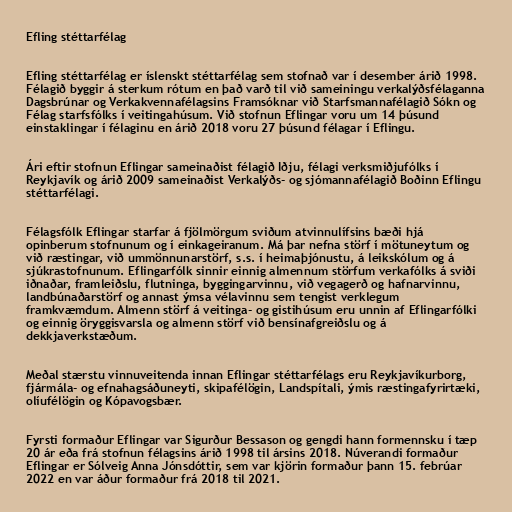
Efling stéttarfélag

Efling stéttarfélag er íslenskt stéttarfélag sem stofnað var í desember árið 1998.
Félagið byggir á sterkum rótum en það varð til við sameiningu verkalýðsfélaganna
Dagsbrúnar og Verkakvennafélagsins Framsóknar við Starfsmannafélagið Sókn og
Félag starfsfólks í veitingahúsum. Við stofnun Eflingar voru um 14 þúsund
einstaklingar í félaginu en árið 2018 voru 27 þúsund félagar í Eflingu.

Ári eftir stofnun Eflingar sameinaðist félagið Iðju, félagi verksmiðjufólks í
Reykjavík og árið 2009 sameinaðist Verkalýðs- og sjómannafélagið Boðinn Eflingu
stéttarfélagi.

Félagsfólk Eflingar starfar á fjölmörgum sviðum atvinnulífsins bæði hjá
opinberum stofnunum og í einkageiranum. Má þar nefna störf í mötuneytum og
við ræstingar, við ummönnunarstörf, s.s. í heimaþjónustu, á leikskólum og á
sjúkrastofnunum. Eflingarfólk sinnir einnig almennum störfum verkafólks á sviði
iðnaðar, framleiðslu, flutninga, byggingarvinnu, við vegagerð og hafnarvinnu,
landbúnaðarstörf og annast ýmsa vélavinnu sem tengist verklegum
framkvæmdum. Almenn störf á veitinga- og gistihúsum eru unnin af Eflingarfólki
og einnig öryggisvarsla og almenn störf við bensínafgreiðslu og á
dekkjaverkstæðum.

Meðal stærstu vinnuveitenda innan Eflingar stéttarfélags eru Reykjavíkurborg,
fjármála- og efnahagsáðuneyti, skipafélögin, Landspítali, ýmis ræstingafyrirtæki,
olíufélögin og Kópavogsbær.

Fyrsti formaður Eflingar var Sigurður Bessason og gengdi hann formennsku í tæp
20 ár eða frá stofnun félagsins árið 1998 til ársins 2018. Núverandi formaður
Eflingar er Sólveig Anna Jónsdóttir, sem var kjörin formaður þann 15. febrúar
2022 en var áður formaður frá 2018 til 2021.